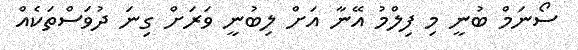
ސޯނަމް ބުނީ މި ފިލްމު އޭނާ އަށް ލިބުނީ ވަރަށް ގިނަ ދުވަސްތަކެއް